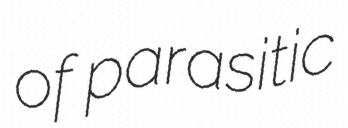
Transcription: of parasitic